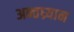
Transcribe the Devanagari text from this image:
अन्तघ्र्यान